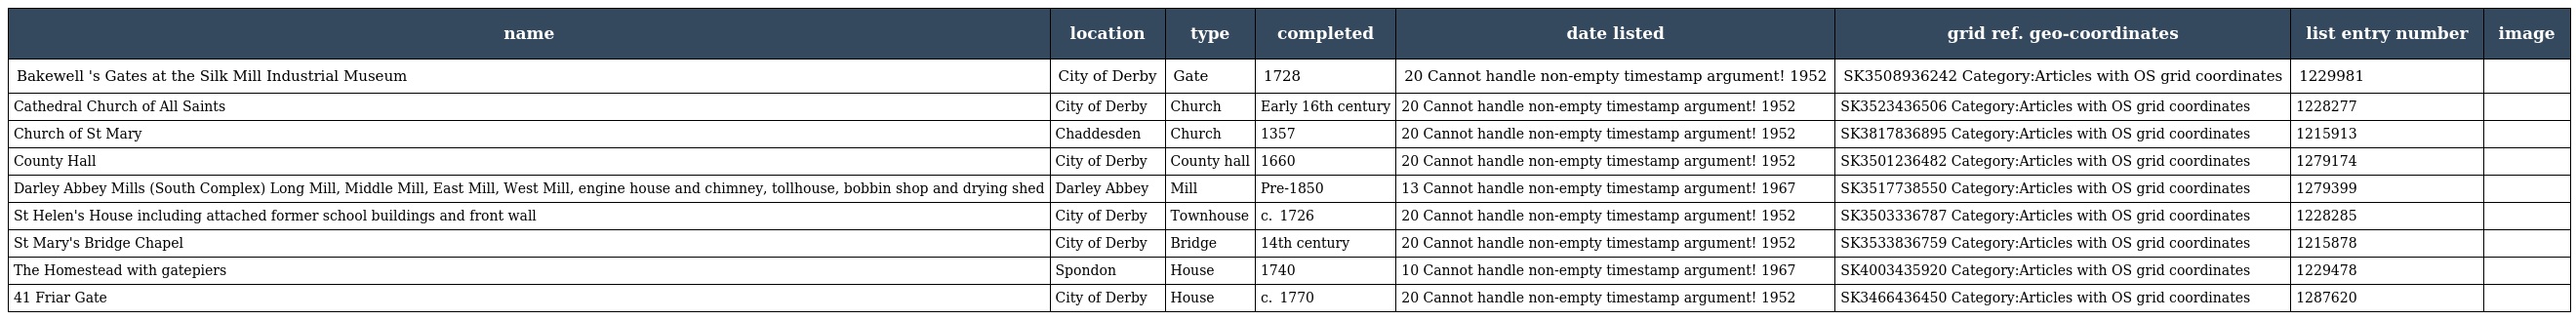
| name | location | type | completed | date listed | grid ref. geo-coordinates | list entry number | image |
 | --- | --- | --- | --- | --- | --- | --- | --- |
 | Bakewell 's Gates at the Silk Mill Industrial Museum | City of Derby | Gate | 1728 | 20 Cannot handle non-empty timestamp argument! 1952 | SK3508936242 Category:Articles with OS grid coordinates | 1229981 |  |
 | Cathedral Church of All Saints | City of Derby | Church | Early 16th century | 20 Cannot handle non-empty timestamp argument! 1952 | SK3523436506 Category:Articles with OS grid coordinates | 1228277 |  |
 | Church of St Mary | Chaddesden | Church | 1357 | 20 Cannot handle non-empty timestamp argument! 1952 | SK3817836895 Category:Articles with OS grid coordinates | 1215913 |  |
 | County Hall | City of Derby | County hall | 1660 | 20 Cannot handle non-empty timestamp argument! 1952 | SK3501236482 Category:Articles with OS grid coordinates | 1279174 |  |
 | Darley Abbey Mills (South Complex) Long Mill, Middle Mill, East Mill, West Mill, engine house and chimney, tollhouse, bobbin shop and drying shed | Darley Abbey | Mill | Pre-1850 | 13 Cannot handle non-empty timestamp argument! 1967 | SK3517738550 Category:Articles with OS grid coordinates | 1279399 |  |
 | St Helen's House including attached former school buildings and front wall | City of Derby | Townhouse | c.  1726 | 20 Cannot handle non-empty timestamp argument! 1952 | SK3503336787 Category:Articles with OS grid coordinates | 1228285 |  |
 | St Mary's Bridge Chapel | City of Derby | Bridge | 14th century | 20 Cannot handle non-empty timestamp argument! 1952 | SK3533836759 Category:Articles with OS grid coordinates | 1215878 |  |
 | The Homestead with gatepiers | Spondon | House | 1740 | 10 Cannot handle non-empty timestamp argument! 1967 | SK4003435920 Category:Articles with OS grid coordinates | 1229478 |  |
 | 41 Friar Gate | City of Derby | House | c.  1770 | 20 Cannot handle non-empty timestamp argument! 1952 | SK3466436450 Category:Articles with OS grid coordinates | 1287620 |  |